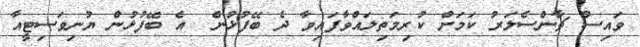
ވައިސް ޗާންސެލަރު ކަމަށް ކުރިމަތިލައްވާފައިވާ ދެ ބޭފުޅުން  އެ ބޭފުޅުން ޔުނިވަސިޓީއާ